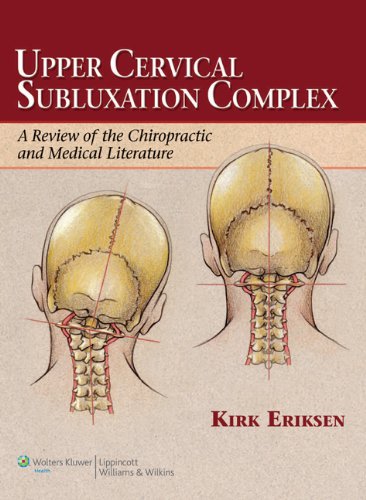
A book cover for Upper Cervical Subluxation Complex: A Review of the Chiropractic and Medical Literature; Kirk Eriksen; Medical Books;